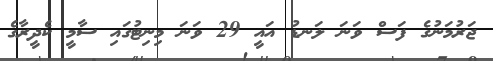
ޖަރުމަނުގެ ފަސް ވަނަ ލަނޑު އައީ 29 ވަނަ މިނިޓުގައި ސާމީ ކެދީރާގެ